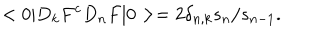
< 0 | D _ { k } F ^ { c } D _ { n } F | 0 > = 2 \delta _ { n , k } s _ { n } / s _ { n - 1 } .